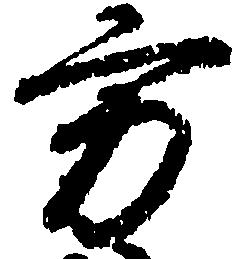
方